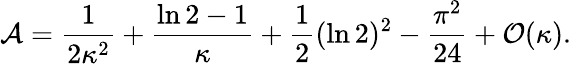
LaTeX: {\cal A}={\frac{1}{2\kappa^{2}}}+{\frac{\ln 2-1}{\kappa}}+{\frac{1}{2}}(\ln 2)^{2}-{\frac{\pi^{2}}{24}}+{\cal O}(\kappa).